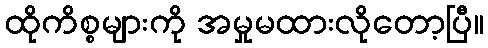
ထိုကိစ္စများကို အမှုမထားလိုတော့ပြီ။